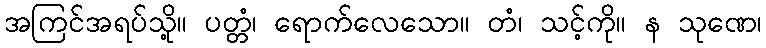
အကြင်အရပ်သို့။ ပတ္တံ၊ ရောက်လေသော။ တံ၊ သင့်ကို။ န သုဏေ၊